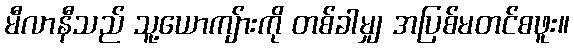
မီလာနီသည် သူ့ယောကျ်ားကို တစ်ခါမျှ အပြစ်မတင်စဖူး။